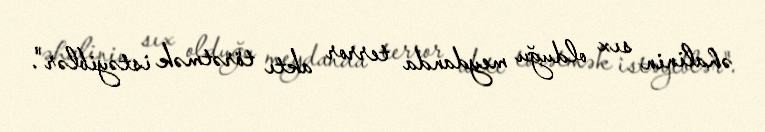
əhalinin sıx olduğu meydanda terror aktı törətmək istəyiblər".